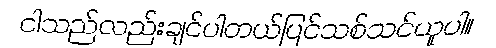
ငါသည်လည်းချင်ပါတယ်ပြင်သစ်သင်ယူပါ။